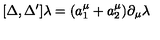
[ \Delta , \Delta ^ { \prime } ] \lambda = ( a _ { 1 } ^ { \mu } + a _ { 2 } ^ { \mu } ) \partial _ { \mu } \lambda